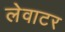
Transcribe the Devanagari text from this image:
लेवाटर